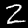
Label: 2